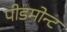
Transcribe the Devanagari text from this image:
पीडमोन्ट